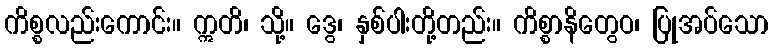
ကိစ္စလည်းကောင်း။ ဣတိ၊ သို့။ ဒွေ၊ နှစ်ပါးတို့တည်း။ ကိစ္စာနိတွေဝ၊ ပြုအပ်သော